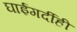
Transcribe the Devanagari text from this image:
घाईगर्दीही